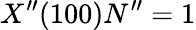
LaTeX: X^{\prime\prime}(100)N^{\prime\prime}=1